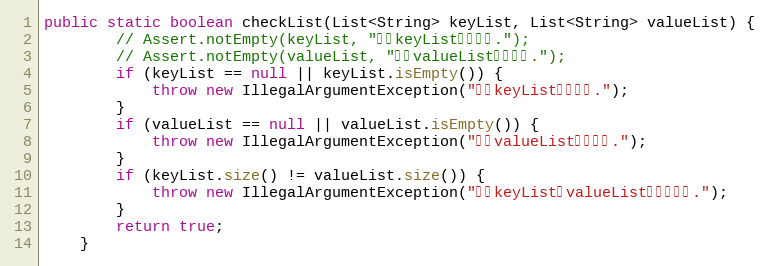
Language: Java
public static boolean checkList(List<String> keyList, List<String> valueList) {
		// Assert.notEmpty(keyList, "参数keyList不能为空.");
		// Assert.notEmpty(valueList, "参数valueList不能为空.");
		if (keyList == null || keyList.isEmpty()) {
			throw new IllegalArgumentException("参数keyList不能为空.");
		}
		if (valueList == null || valueList.isEmpty()) {
			throw new IllegalArgumentException("参数valueList不能为空.");
		}
		if (keyList.size() != valueList.size()) {
			throw new IllegalArgumentException("参数keyList和valueList长度不一致.");
		}
		return true;
	}